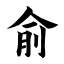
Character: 俞